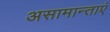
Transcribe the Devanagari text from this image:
असामान्ताएं